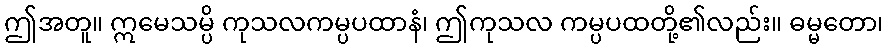
ဤအတူ။ ဣမေသမ္ပိ ကုသလကမ္ပပထာနံ၊ ဤကုသလ ကမ္ပပထတို့၏လည်း။ ဓမ္မတော၊